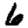
Digit: 6